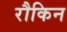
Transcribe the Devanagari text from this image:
रौकिन